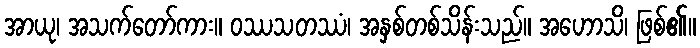
အာယု၊ အသက်တော်ကား။ ဝဿသတဿံ၊ အနှစ်တစ်သိန်းသည်။ အဟောသိ၊ ဖြစ်၏။